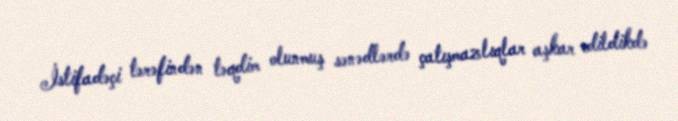
İstifadəçi tərəfindən təqdim olunmuş sənədlərdə çatışmazlıqlar aşkar edildikdə